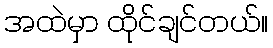
အထဲမှာ ထိုင်ချင်တယ်။